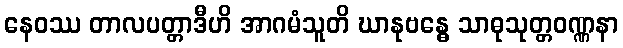
နေဝဿ တာလပတ္တာဒီဟိ အာဂမံသူတိ ဃာနုဗန္ဓေ သာဓုသုတ္တဝဏ္ဏနာ